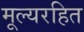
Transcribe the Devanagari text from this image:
मूल्यरहित